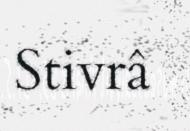
Stivrâ